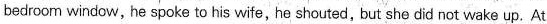
bedroom window, he spoke to his wife, he shouted, but she did not wake up. At